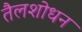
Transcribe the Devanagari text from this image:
तैलशोधन